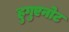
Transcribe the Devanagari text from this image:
हुगुएनोट